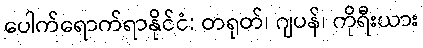
ပေါက်ရောက်ရာနိုင်ငံ: တရုတ်၊ ဂျပန်၊ ကိုရီးယား